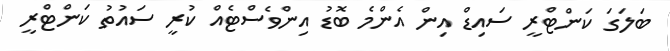
ބަލަގަ ކަންޓްރީ ސައިޑް އިން އެންމެ ބޮޑު އިންވެސްޓެއް ކުރީ ސައުތު ކަންޓްރީ